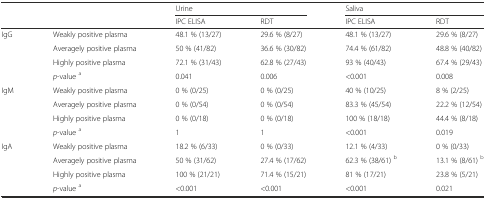
| <ROWSPAN=2-COLSPAN=2>  | <COLSPAN=2> Urine | <COLSPAN=2> Saliva |
 | IPC ELISA | RDT | IPC ELISA | RDT |
 | --- | --- | --- | --- | --- | --- |
 | IgG | Weakly positive plasma | 48.1 % (13/27) | 29.6 % (8/27) | 48.1 % (13/27) | 29.6 % (8/27) |
 |  | Averagely positive plasma | 50 % (41/82) | 36.6 % (30/82) | 74.4 % (61/82) | 48.8 % (40/82) |
 |  | Highly positive plasma | 72.1 % (31/43) | 62.8 % (27/43) | 93 % (40/43) | 67.4 % (29/43) |
 |  | p-value a | 0.041 | 0.006 | <0.001 | 0.008 |
 | IgM | Weakly positive plasma | 0 % (0/25) | 0 % (0/25) | 40 % (10/25) | 8 % (2/25) |
 |  | Averagely positive plasma | 0 % (0/54) | 0 % (0/54) | 83.3 % (45/54) | 22.2 % (12/54) |
 |  | Highly positive plasma | 0 % (0/18) | 0 % (0/18) | 100 % (18/18) | 44.4 % (8/18) |
 |  | p-value a | 1 | 1 | <0.001 | 0.019 |
 | IgA | Weakly positive plasma | 18.2 % (6/33) | 0 % (0/33) | 12.1 % (4/33) | 0 % (0/33) |
 |  | Averagely positive plasma | 50 % (31/62) | 27.4 % (17/62) | 62.3 % (38/61) b | 13.1 % (8/61) b |
 |  | Highly positive plasma | 100 % (21/21) | 71.4 % (15/21) | 81 % (17/21) | 23.8 % (5/21) |
 |  | p-value a | <0.001 | <0.001 | <0.001 | 0.021 |